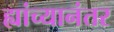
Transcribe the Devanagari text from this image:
ह्यांच्यानंतर